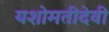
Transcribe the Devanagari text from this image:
यशोमतीदेवी